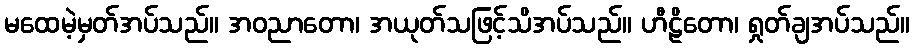
မထေမဲ့မှတ်အပ်သည်။ အဝညာတော၊ အယုတ်သဖြင့်သိအပ်သည်။ ဟီဠိတော၊ ရှုတ်ချအပ်သည်။